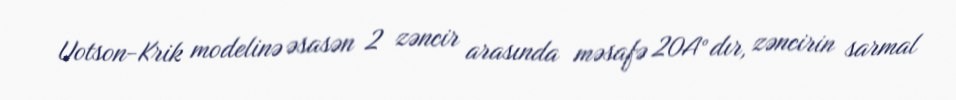
Uotson-Krik modelinə əsasən 2 zəncir arasında məsafə 20A°dır, zəncirin sarmal